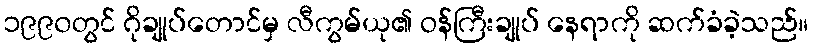
၁၉၉၀တွင် ဂိုချုပ်တောင်မှ လီကွမ်ယု၏ ဝန်ကြီးချုပ် နေရာကို ဆက်ခံခဲ့သည်။